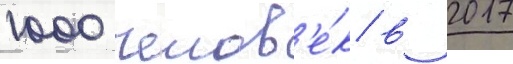
1000 челов'е́к в 2017